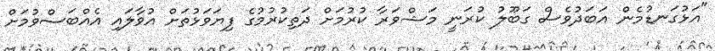
"އަޅުގަނޑުމެން އަބަދުވެސް ގަބޫލު ކުރަނީ މަޝްވަރާ ކުރުމަށް ދަތިކުރުމުގެ ފިޔަވަޅުތަށް އުވާލައި އެއްބަސްވުމަށް